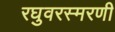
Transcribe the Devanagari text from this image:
रघुवरस्मरणी